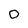
Character: 0